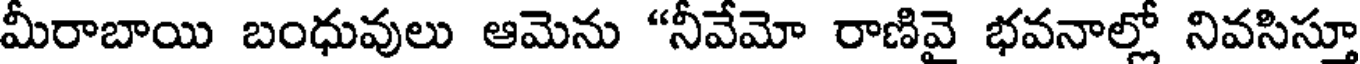
మీరాబాయి బంధువులు ఆమెను "నీవేమో రాణివై భవనాల్లో నివసిస్తూ